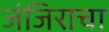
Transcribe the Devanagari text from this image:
जंजिराचा